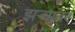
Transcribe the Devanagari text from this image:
झऱ्यावर